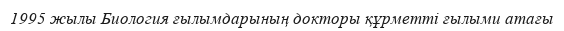
1995 жылы Биология ғылымдарының докторы құрметті ғылыми атағы